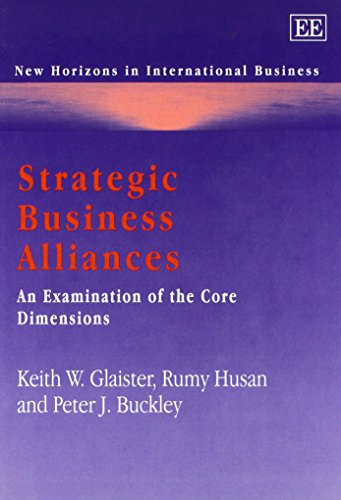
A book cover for Strategic Business Alliances: An Examination of the Core Dimensions (New Horizons in International Business Series); Keith W. Glaister; Business & Money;